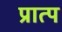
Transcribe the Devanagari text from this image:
प्रात्प